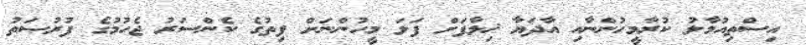
އިސްތިއުމާލު ކުރާމީހުންނާއި އާދަޔާ ޚިލާފަށް ފަލަ މީހުންނަށް ފިތުގެ ކެންސަރު ޖެހުމުގެ ފުރުޞަތު